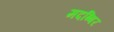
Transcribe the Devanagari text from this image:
मदब्बिर